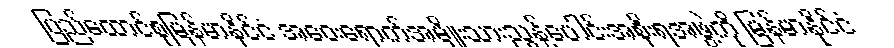
ပြည်ထောင်စုမြန်မာနိုင်ငံ အဝေးရောက်အမျိုးသားညွန့်ပေါင်းအစိုးရအဖွဲ့ကို မြန်မာနိုင်ငံ